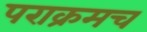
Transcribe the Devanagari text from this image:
पराक्रमच